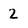
Character: 2